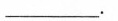
___